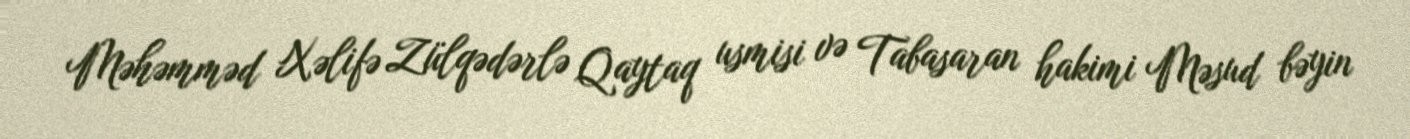
Məhəmməd Xəlifə Zülqədərlə Qaytaq usmisi və Tabasaran hakimi Məsud bəyin